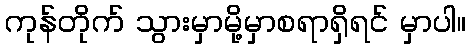
ကုန်တိုက် သွားမှာမို့မှာစရာရှိရင် မှာပါ။